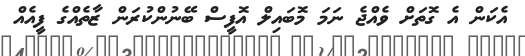
އެކަން އެ ގޮތަށް ވެއްޖެ ނަމަ މޮބައިލް އޮފީސް ބޭނުންކުރަން ޒާތެއްގެ ފީއެއް